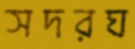
সদরঘ